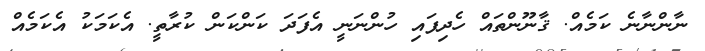
ނާންނާނެ ކަމެއް. ޤާނޫންތައް ހެދިފައި ހުންނަނީ އެފަދަ ކަންކަން ކުރާތީ. އެކަމަކު އެކަމެއް